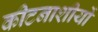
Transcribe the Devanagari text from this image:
कीटनाशीयों